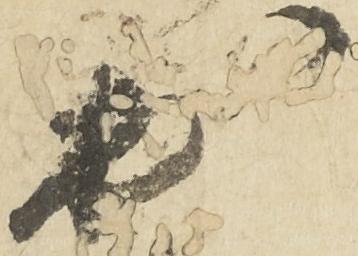
於